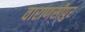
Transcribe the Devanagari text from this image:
वाराणसीपुर